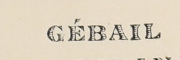
GÉBAIL